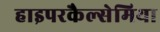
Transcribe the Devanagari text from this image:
हाइपरकैल्सेमिया